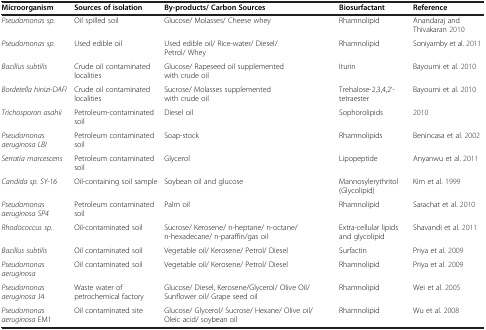
<table><thead><tr><td><b>Microorganism</b></td><td><b>Sources of isolation</b></td><td><b>By-products/ Carbon Sources</b></td><td><b>Biosurfactant</b></td><td><b>Reference</b></td></tr></thead><tbody><tr><td><i>Pseudomonas sp.</i></td><td>Oil spilled soil</td><td>Glucose/ Molasses/ Cheese whey</td><td>Rhamnolipid</td><td>Anandaraj and Thivakaran2010</td></tr><tr><td><i>Pseudomonas sp.</i></td><td>Used edible oil</td><td>Used edible oil/ Rice-water/ Diesel/ Petrol/ Whey</td><td>Rhamnolipid</td><td>Soniyamby et al.2011</td></tr><tr><td><i>Bacillus subtilis</i></td><td>Crude oil contaminated localities</td><td>Glucose/ Rapeseed oil supplemented with crude oil</td><td>Iturin</td><td>Bayoumi et al.2010</td></tr><tr><td><i>Bordetella hinizi-DAFI</i></td><td>Crude oil contaminated localities</td><td>Sucrose/ Molasses supplemented with crude oil</td><td>Trehalose-2,3,4,2’-tetraester</td><td>Bayoumi et al.2010</td></tr><tr><td><i>Trichosporon asahii</i></td><td>Petroleum-contaminated soil</td><td>Diesel oil</td><td>Sophorolipids</td><td>2010</td></tr><tr><td><i>Pseudomonas aeruginosa LBI</i></td><td>Petroleum contaminated soil</td><td>Soap-stock</td><td>Rhamnolipids</td><td>Benincasa et al.2002</td></tr><tr><td><i>Serratia marcescens</i></td><td>Petroleum contaminated soil</td><td>Glycerol</td><td>Lipopeptide</td><td>Anyanwu et al.2011</td></tr><tr><td><i>Candida sp. SY-16</i></td><td>Oil-containing soil sample</td><td>Soybean oil and glucose</td><td>Mannosylerythritol (Glycolipid)</td><td>Kim et al.1999</td></tr><tr><td><i>Pseudomonas aeruginosa SP4</i></td><td>Petroleum contaminated soil</td><td>Palm oil</td><td>Rhamnolipid</td><td>Sarachat et al.2010</td></tr><tr><td><i>Rhodococcus sp.</i></td><td>Oil-contaminated soil</td><td>Sucrose/ Kerosene/ n-heptane/ n-octane/ n-hexadecane/ n-paraffin/gas oil</td><td>Extra-cellular lipids and glycolipid</td><td>Shavandi et al.2011</td></tr><tr><td><i>Bacillus subtilis</i></td><td>Oil contaminated soil</td><td>Vegetable oil/ Kerosene/ Petrol/ Diesel</td><td>Surfactin</td><td>Priya et al.2009</td></tr><tr><td><i>Pseudomonas aeruginosa</i></td><td>Oil contaminated soil</td><td>Vegetable oil/ Kerosene/ Petrol/ Diesel</td><td>Rhamnolipid</td><td>Priya et al.2009</td></tr><tr><td><i>Pseudomonas aeruginosa</i> J4</td><td>Waste water of petrochemical factory</td><td>Glucose/ Diesel, Kerosene/Glycerol/ Olive Oil/ Sunflower oil/ Grape seed oil</td><td>Rhamnolipid</td><td>Wei et al.2005</td></tr><tr><td><i>Pseudomonas aeruginosa</i> EM1</td><td>Oil contaminated site</td><td>Glucose/ Glycerol/ Sucrose/ Hexane/ Olive oil/ Oleic acid/ soybean oil</td><td>Rhamnolipid</td><td>Wu et al.2008</td></tr></tbody></table>